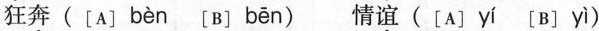
狂奔([A] bèn [B] bēn )情谊([A] yí [B] yì )